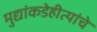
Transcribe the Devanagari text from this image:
मुद्यांकडेहीत्यांचे